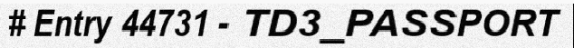
# Entry 44731 - TD3_PASSPORT